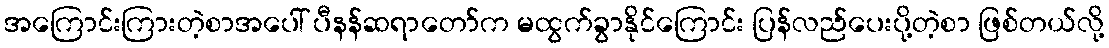
အကြောင်းကြားတဲ့စာအပေါ် ပီနန်ဆရာတော်က မထွက်ခွာနိုင်ကြောင်း ပြန်လည်ပေးပို့တဲ့စာ ဖြစ်တယ်လို့